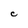
Character: C